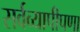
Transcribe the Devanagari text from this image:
सर्वव्यापीपणा